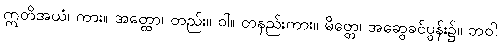
ဣတိအယံ၊ ကား။ အတ္ထော၊ တည်း။ ဝါ။ တနည်းကား။ မိတ္တေ၊ အဆွေခင်ပွန်း၌။ ဘဝါ၊